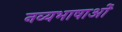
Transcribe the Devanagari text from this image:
नव्यभाषाओं